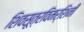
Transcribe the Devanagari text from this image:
शिवसूत्रविमर्शिनी